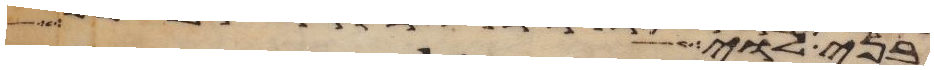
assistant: בני לוי